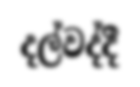
දල්වද්දී